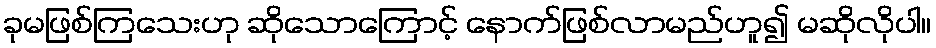
ခုမဖြစ်ကြသေးဟု ဆိုသောကြောင့် နောက်ဖြစ်လာမည်ဟူ၍ မဆိုလိုပါ။